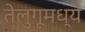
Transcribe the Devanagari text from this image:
तेलुगूमध्ये